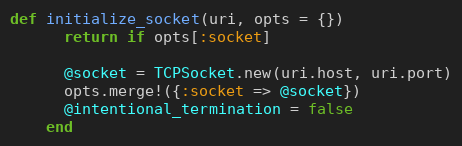
Language: Ruby
def initialize_socket(uri, opts = {})
      return if opts[:socket]

      @socket = TCPSocket.new(uri.host, uri.port)
      opts.merge!({:socket => @socket})
      @intentional_termination = false
    end